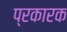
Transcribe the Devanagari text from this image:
प्रकारक